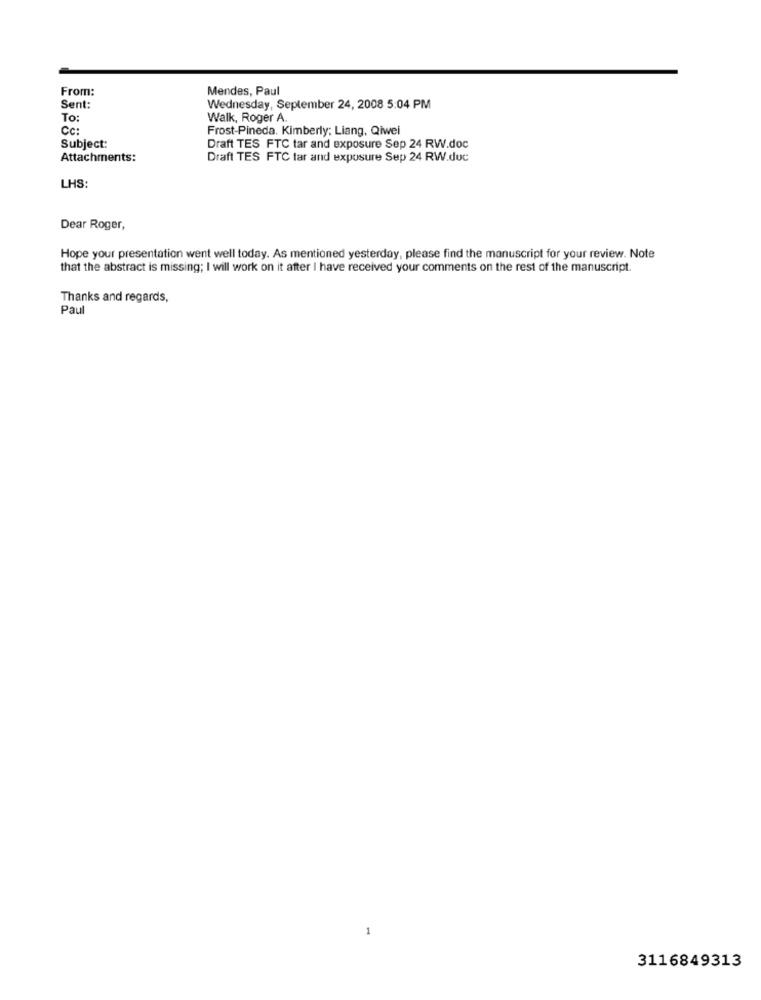
From:
Mendes, Paul
Sent:
Wednesday, September 24, 2008 5:04 PM
To:
Walk, Roger A.
CC:
Frost-Pineda. Kimberly: Liang, Qiwei
Subject:
Draft TES FTC tar and exposure Sep 24 RW.doc
Attachments:
Draft TES FTC tar and exposure Sep 24 RW.duc
LHS:
Dear Roger,
Hope your presentation went well today. As mentioned yesterday, please find the manuscript for your review. Note
that the abstract is missing; I will work on it after I have received your comments on the rest of the manuscript.
Thanks and regards,
Paul
3116849313